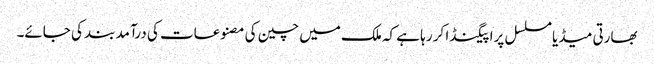
بھارتی میڈیا مسلسل پراپیگنڈا کر رہا ہے کہ ملک میں چین کی مصنوعات کی درآمد بند کی جائے۔